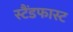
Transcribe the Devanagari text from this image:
स्टैंडफास्ट